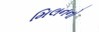
મિલનનો